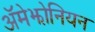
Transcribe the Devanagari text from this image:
ॲमेझोनियन